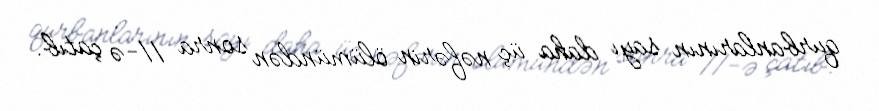
qurbanlarının sayı daha üç nəfərin ölümündən sonra 11-ə çatıb.